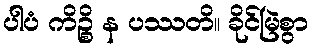
ပါပံ ကိဉ္စိ န ပဿတိ။ ခိုင်မြဲစွာ